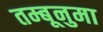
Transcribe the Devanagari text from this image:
तम्बूनुमा